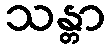
သန္တာ